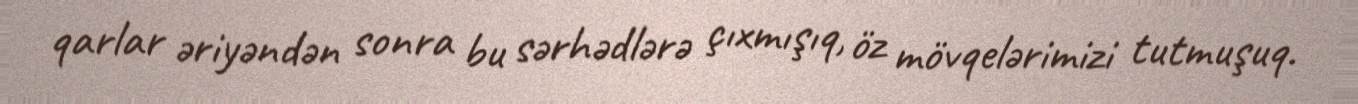
qarlar əriyəndən sonra bu sərhədlərə çıxmışıq, öz mövqelərimizi tutmuşuq.